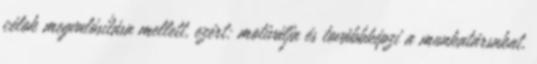
célok megvalósítása mellett, ezért: motiválja és továbbképzi a munkatársakat,